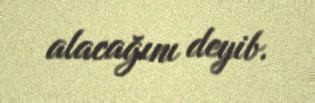
alacağını deyib.